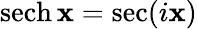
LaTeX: \operatorname{sech}\mathbf{x}=\sec(i\mathbf{x})